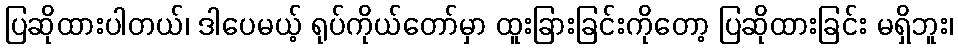
ပြဆိုထားပါတယ်၊ ဒါပေမယ့် ရုပ်ကိုယ်တော်မှာ ထူးခြားခြင်းကိုတော့ ပြဆိုထားခြင်း မရှိဘူး၊